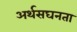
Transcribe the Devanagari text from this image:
अर्थसघनता